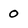
Character: 0